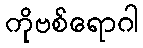
ကိုဗစ်ရောဂါ